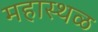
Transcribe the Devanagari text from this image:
महास्थळ